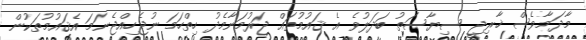
މާދަމާވެސް ޚާރިޖީ ސިޔާސަތު ބަދަލުވެ އެ ޤައުމުތައް ޖަރުމަނާމެދު ހިތްހަމަ ނުޖެހިއްޖެނަމަ އެޤައުމުތަކުން